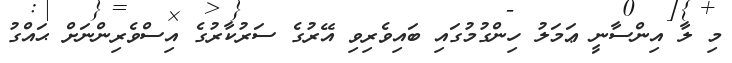
މި ލާ އިންސާނީ ޢަމަލު ހިންގުމުގައި ބައިވެރިވި އޭރުގެ ސަރުކާރުގެ އިސްވެރިންނަށް ޙައްގު